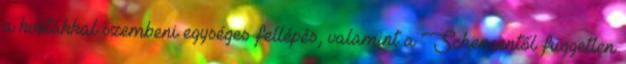
a kvótákkal szembeni egységes fellépés, valamint a Schengentől független